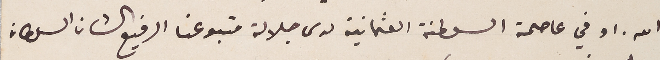
الله. او في عاصمة السلطنة العثمانية لدى جلالة متبوعنا الرفيع الشان السلطان